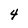
Character: 4